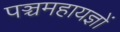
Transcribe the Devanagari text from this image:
पञ्चमहायज्ञों